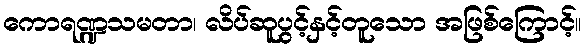
ကောရဏ္ဍသမတာ၊ လိပ်ဆူပွင့်နှင့်တူသော အဖြစ်ကြောင့်။